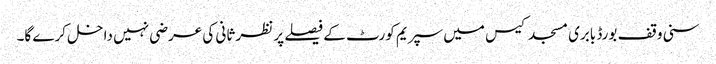
سنی وقف بورڈ بابری مسجد کیس میں سپریم کورٹ کے فیصلے پر نظر ثانی کی عرضی نہیں داخل کرے گا۔